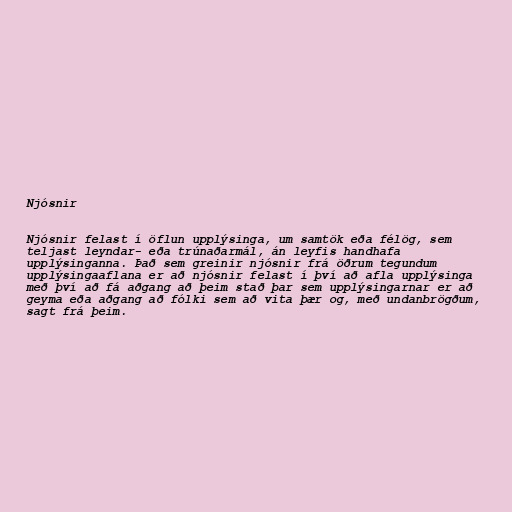
Njósnir

Njósnir felast í öflun upplýsinga, um samtök eða félög, sem
teljast leyndar- eða trúnaðarmál, án leyfis handhafa
upplýsinganna. Það sem greinir njósnir frá öðrum tegundum
upplýsingaaflana er að njósnir felast í því að afla upplýsinga
með því að fá aðgang að þeim stað þar sem upplýsingarnar er að
geyma eða aðgang að fólki sem að vita þær og, með undanbrögðum,
sagt frá þeim.